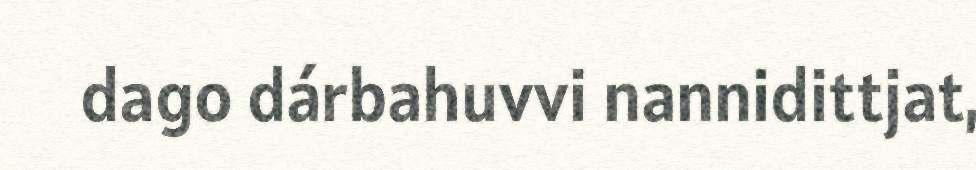
dago dárbahuvvi nannidittjat,